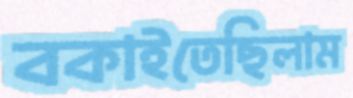
বকাইতেছিলাম